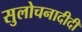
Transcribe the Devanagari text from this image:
सुलोचनादीदी